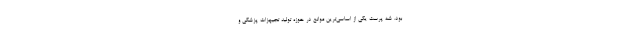
بود. شه پرست یکی از اساسی‌ترین موانع در حوزه تولید تجیهزات پزشکی و